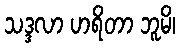
သဒ္ဒလာ ဟရိတာ ဘူမိ၊